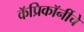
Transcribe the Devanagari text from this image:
कॅप्रिकॉर्नीचे